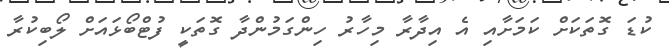
ކުޑަ ގޮތަކަށް ކަމަށާއި އެ އިދާރާ މިހާރު ހިންގަމުންދާ ގޮތަކީ ފުޓްބޯޅައަށް ލޯބިކުރާ